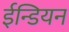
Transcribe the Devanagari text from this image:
ईन्डियन